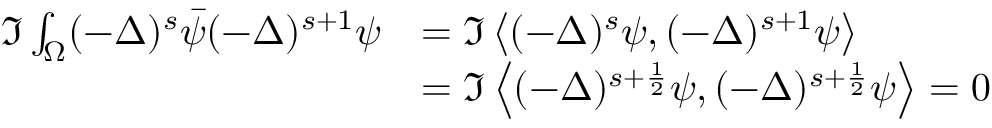
\begin{array} { r l } { \Im \int _ { \Omega } ( - \Delta ) ^ { s } \Bar { \psi } ( - \Delta ) ^ { s + 1 } \psi } & { = \Im \left\langle ( - \Delta ) ^ { s } \psi , ( - \Delta ) ^ { s + 1 } \psi \right\rangle } \\ & { = \Im \left\langle ( - \Delta ) ^ { s + \frac { 1 } { 2 } } \psi , ( - \Delta ) ^ { s + \frac { 1 } { 2 } } \psi \right\rangle = 0 } \end{array}